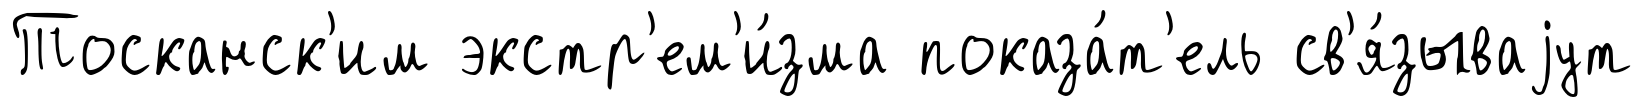
Тосканск'им экстр'ем'и́зма показа́т'ель св'я́зываjут